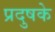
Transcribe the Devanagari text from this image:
प्रदुषके